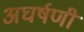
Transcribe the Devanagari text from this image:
अघर्षणी